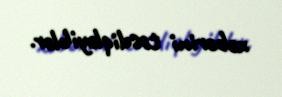
xəbərini təsdiqləyiblər.